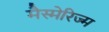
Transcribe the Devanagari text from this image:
मैस्मेरिज्म